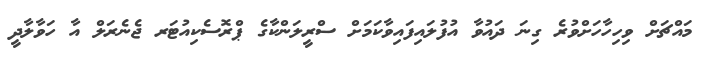
މައްޗަށް ވިހިހާހަށްވުރެ ގިނަ ދައުވާ އުފުލައިފައިވާކަމަށް ސްރީލަންކާގެ ޕްރޮސެކިއުޓަރ ޖެނެރަލް އާ ހަވާލާދީ